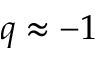
q \approx - 1